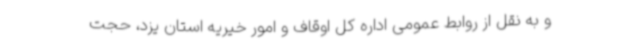
و به نقل از روابط عمومی اداره کل اوقاف و امور خیریه استان یزد، حجت